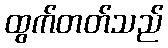
ထွက်တတ်သည်